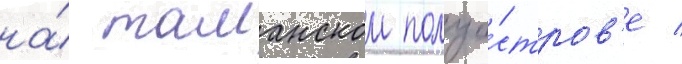
на́ таманском полуо́стров'е /